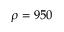
\rho = 9 5 0